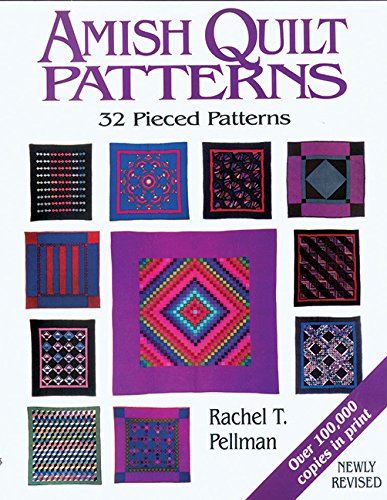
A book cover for Amish Quilt Patterns: 32 Pieced Patterns; Rachel T. Pellman; Christian Books & Bibles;